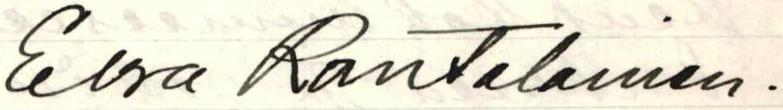
Elsa Rantalainen.